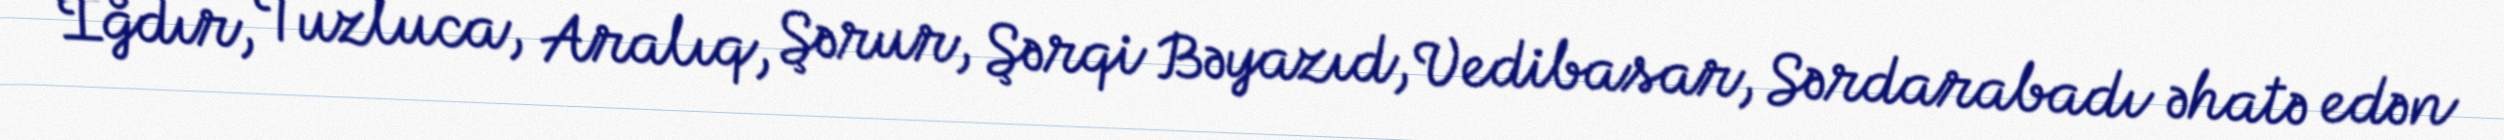
İğdır, Tuzluca, Aralıq, Şərur, Şərqi Bəyazıd, Vedibasar, Sərdarabadı əhatə edən